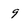
Character: 9